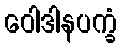
ဝေါဒါနပက္ခံ